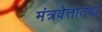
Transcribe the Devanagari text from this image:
मंत्रवेत्तातथा